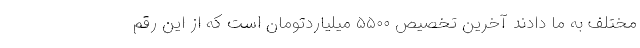
مختلف به ما دادند آخرین تخصیص ۵۵۰۰ میلیاردتومان است که از این رقم